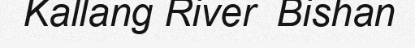
Kallang River  Bishan